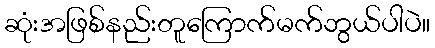
ဆုံးအဖြစ်နည်းတူကြောက်မက်ဘွယ်ပါပဲ။